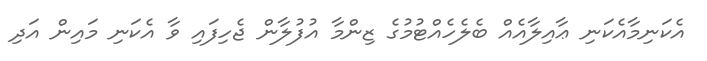
އެކަނިމާއެކަނި ޢާއިލާއެއް ބެލެހެއްޓުމުގެ ޒިންމާ އުފުލާން ޖެހިފައި ވާ އެކަނި މައިން އަދި